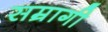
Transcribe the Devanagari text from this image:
सम्रागी